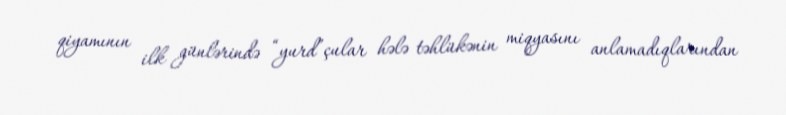
qiyamının ilk günlərində “yurd”çular hələ təhlükənin miqyasını anlamadıqlarından